system: You are a helpful assistant.
user:
Analyze the provided spectrum to determine if it is a **Carbon Star (C-type)**.

- **Key Visual Indicators of Carbon Star:**
    - **(Primary):** Strong molecular absorption from **C₂ (diatomic carbon) "Swan Bands."** This is the **defining feature** of a carbon star.
        - **(Key Bandheads):** Sharp absorption edges are visible at approximately $5635$ Å, $5165$ Å (the strongest band), and $4737$ Å.
        - **(Line Profile):** Creates a distinct **"saw-tooth"** pattern. The key morphology is a sharp, steep bandhead on the **red (long-wavelength) side**, which then gradually tapers off (i.e., flux recovers) towards the **blue (short-wavelength) side**. *(This is the direct opposite of the TiO bands seen in M-type stars)*.

    - **(Secondary):** Intense **CN (cyanogen)** molecular absorption bands.
        - **(Key Bandheads):** Located in the blue and violet regions of the spectrum (e.g., near $4215$ Å and $3883$ Å).
        - **(Morphology):** These bands are extremely broad and act as a "blanket," absorbing the vast majority of blue and violet light. This creates a characteristic **"cliff"** or **"steep drop-off"** in the spectrum's flux at short wavelengths.

    - **(Key Confirmation):** Strong **CH absorption band (G-band)**.
        - **(Key Bandhead):** Located around $4300$ Å. The contribution from CH molecules to this band is exceptionally strong.

    - **(Overall Spectrum):**
        - The continuum is severely "chopped up" by these deep molecular bands, especially C₂, rather than appearing as a smooth curve.
        - Due to the heavy CN and C₂ absorption in the blue-green, the vast majority of the star's flux is concentrated in the red part of the spectrum, giving the star its characteristic deep red color.

Think first, call **spectral_visualization_tool** if needed to examine features in detail, then provide your final answer. Your response must adhere to the following strict rules:
1.  **Overall Structure:** Your response must follow the format `<think>...</think> <tool_call>...</tool_call> (if a tool is used) <answer>...</answer>`.
2.  **Tool Usage Constraint:** You may only make **one** tool call per turn.
3.  **Final Answer Format:** In the `<answer>` tag, your conclusion must be inside a `\boxed{}` command (e.g., `\boxed{YES}`), followed by your justification.

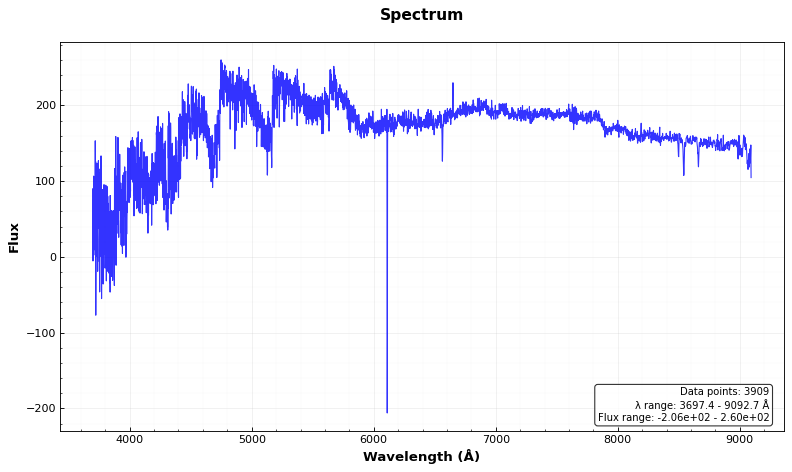
Answer: YES